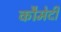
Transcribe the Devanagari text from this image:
कौमेदी